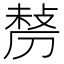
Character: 𠞲